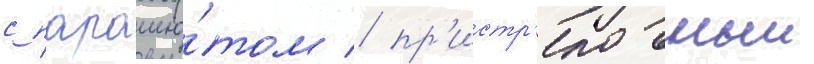
с парашю́том / пр'истр'елочныи